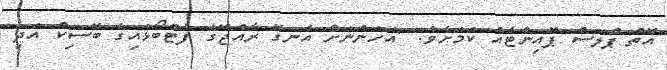
އޮތް ޕްލަސް ޕޮއިންޓެއް ކަމަށެވެ. "އަހަންނަށް އެނގޭ ރާއްޖޭގެ ފުޓްބޯޅައިގެ ބޭސިކް އަދި